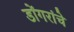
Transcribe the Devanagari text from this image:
डोंगरांचे